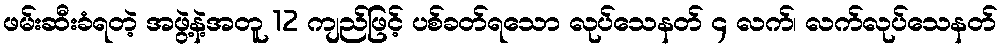
ဖမ်းဆီးခံရတဲ့ အဖွဲ့နဲ့အတူ 12 ကျည်ဖြင့် ပစ်ခတ်ရသော လုပ်သေနတ် ၄ လက်၊ လက်လုပ်သေနတ်